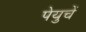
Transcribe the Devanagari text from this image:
पेयुचें